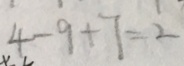
4 - 9 + 7 = 2